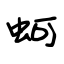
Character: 蚵